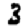
Digit: 3